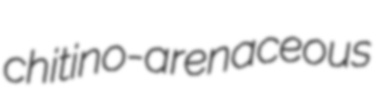
chitino-arenaceous